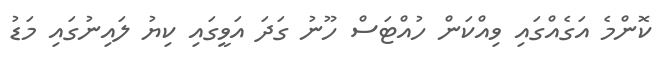
ކޮންމެ އަގެއްގައި ވިއްކަން ހުއްޓަސް ހޫނު ގަދަ އަވީގައި ކިޔު ލައިނުގައި މަޑު